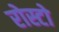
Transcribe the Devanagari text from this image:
रोस्टो